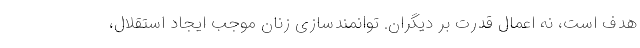
هدف است، نه اعمال قدرت بر دیگران. توانمندسازی زنان موجب ایجاد استقلال،